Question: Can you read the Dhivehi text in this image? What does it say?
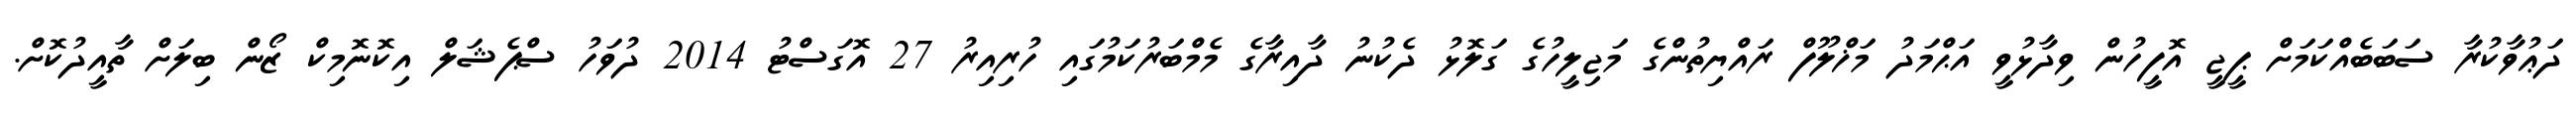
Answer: ދަޢުވާކުރާ ސަބަބެއްކަމަށް ޕީޖީ އޮފީހުން ވިދާޅުވީ އަޙްމަދު މަޚްލޫފް ރައްޔިތުންގެ މަޖިލީހުގެ ގަލޮޅު ދެކުނު ދާއިރާގެ މެމްބަރުކަމުގައި ހުރިއިރު 27 އޮގަސްޓު 2014 ދުވަހު ސްޕެޝަލް އިކޮނޮމިކް ޒޯން ބިލަށް ތާއީދުކޮށް.